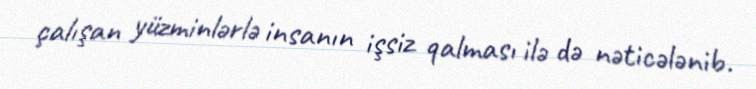
çalışan yüzminlərlə insanın işsiz qalması ilə də nəticələnib.